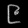
Digit: ၉